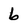
Character: 6